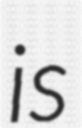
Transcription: is